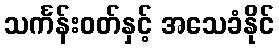
သင်္ကန်းဝတ်နှင့် အသေခံနိုင်